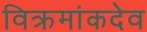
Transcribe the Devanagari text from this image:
विक्रमांकदेव